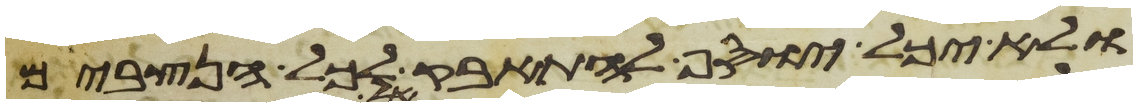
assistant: ולא יכל יוסף להתאפק לכל הנצבים